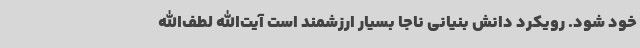
خود شود. رویکرد دانش بنیانی ناجا بسیار ارزشمند است آیت‌الله لطف‌الله